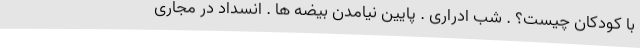
با کودکان چیست؟ . شب ادراری . پایین نیامدن بیضه ها . انسداد در مجاری